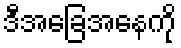
ဒီအခြေအနေကို